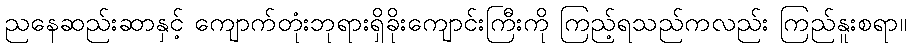
ညနေဆည်းဆာနှင့် ကျောက်တုံးဘုရားရှိခိုးကျောင်းကြီးကို ကြည့်ရသည်ကလည်း ကြည်နူးစရာ။